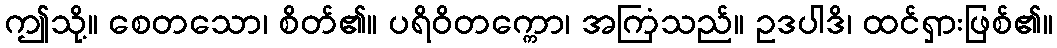
ဤသို့။ စေတသော၊ စိတ်၏။ ပရိဝိတက္ကော၊ အကြံသည်။ ဥဒပါဒိ၊ ထင်ရှားဖြစ်၏။